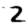
Digit: 2